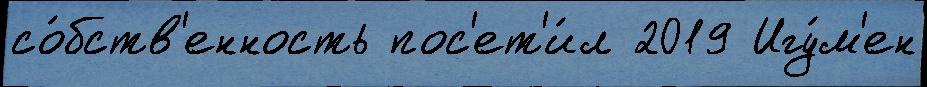
со́бств'енность пос'ет'и́л 2019 Игу́м'ен